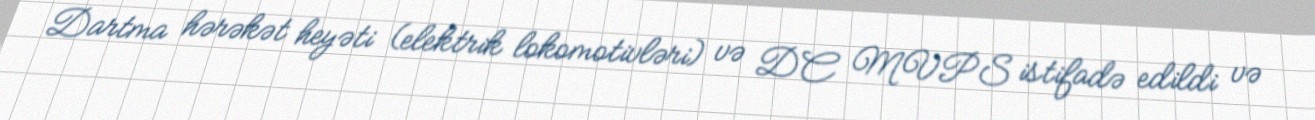
Dartma hərəkət heyəti (elektrik lokomotivləri) və DC MVPS istifadə edildi və